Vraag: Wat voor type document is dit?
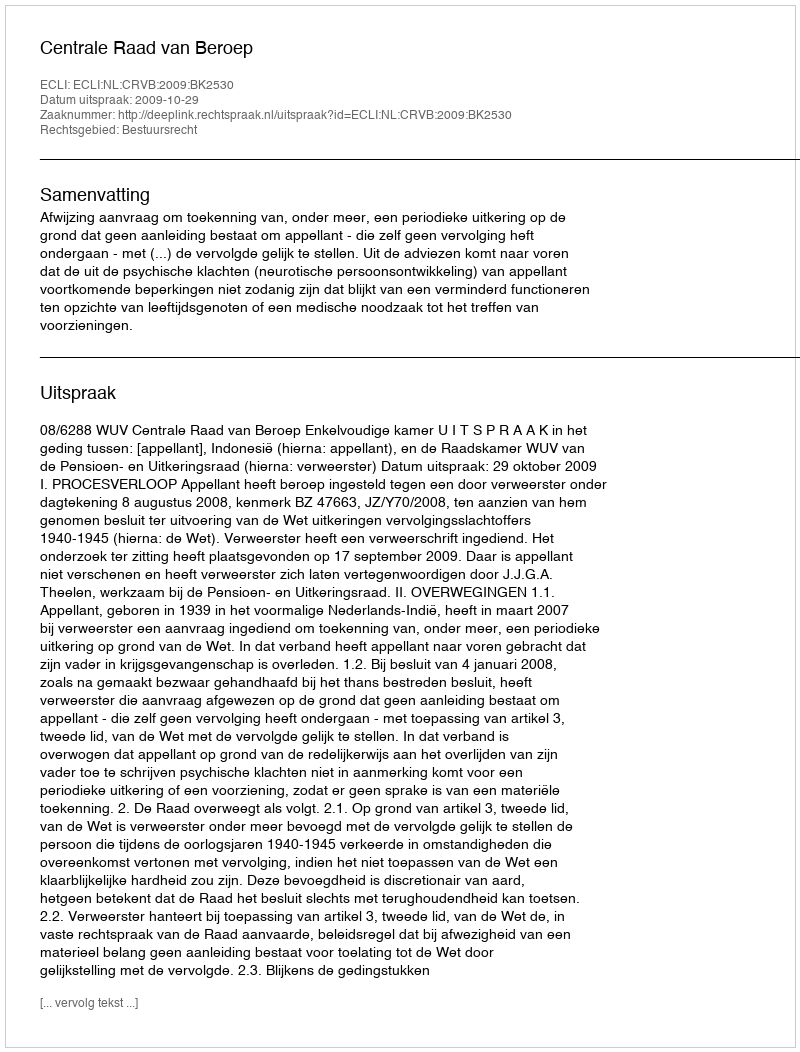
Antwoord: Uitspraak